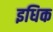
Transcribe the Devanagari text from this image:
इधिक